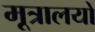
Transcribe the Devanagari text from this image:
मूत्रालयों